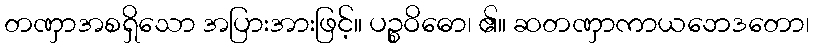
တဏှာအစရှိသော အပြားအားဖြင့်။ ပဉ္စဝိဓော၊ ၏။ ဆတဏှာကာယဘေဒတော၊